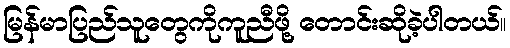
မြန်မာပြည်သူတွေကိုကူညီဖို့ တောင်းဆိုခဲ့ပါတယ်။